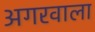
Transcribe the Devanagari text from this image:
अगरवाला